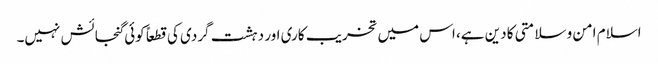
اسلام امن و سلامتی کا دین ہے، اس میں تخریب کاری اور دہشت گردی کی قطعاً کوئی گنجائش نہیں۔